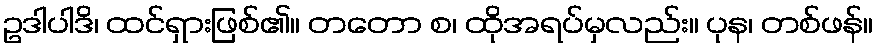
ဥဒါပါဒိ၊ ထင်ရှားဖြစ်၏။ တတော စ၊ ထိုအရပ်မှလည်း။ ပုန၊ တစ်ဖန်။